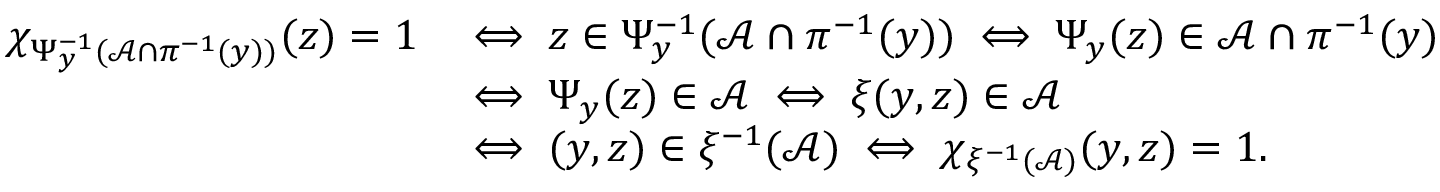
\begin{array} { r l } { \chi _ { \Psi _ { y } ^ { - 1 } ( \mathcal A \cap \pi ^ { - 1 } ( y ) ) } ( z ) = 1 } & { \iff z \in \Psi _ { y } ^ { - 1 } ( \mathcal A \cap \pi ^ { - 1 } ( y ) ) \iff \Psi _ { y } ( z ) \in \mathcal A \cap \pi ^ { - 1 } ( y ) } \\ & { \iff \Psi _ { y } ( z ) \in \mathcal A \iff \xi ( y , z ) \in \mathcal A } \\ & { \iff ( y , z ) \in \xi ^ { - 1 } ( \mathcal A ) \iff \chi _ { \xi ^ { - 1 } ( \mathcal A ) } ( y , z ) = 1 . } \end{array}